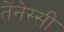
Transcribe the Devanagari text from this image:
तेंनेस्सी